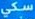
سكي